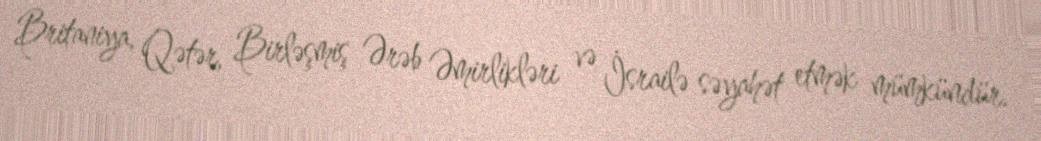
Britaniya, Qətər, Birləşmiş Ərəb Əmirlikləri və İsrailə səyahət etmək mümkündür.